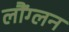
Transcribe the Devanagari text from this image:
लौंग्लन